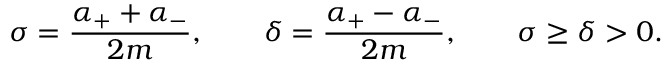
\sigma = \frac { \alpha _ { + } + \alpha _ { - } } { 2 m } , \qquad \delta = \frac { \alpha _ { + } - \alpha _ { - } } { 2 m } , \qquad \sigma \ge \delta > 0 .